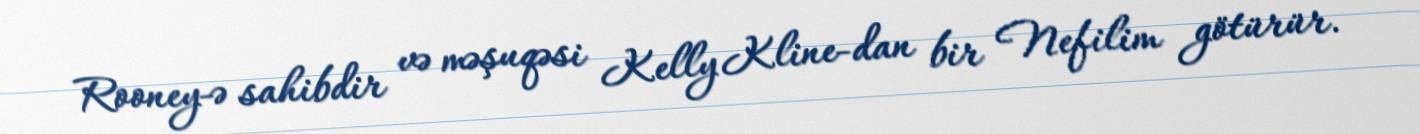
Rooney-ə sahibdir və məşuqəsi Kelly Kline-dan bir Nefilim götürür.